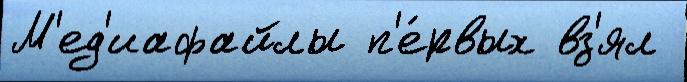
М'ед'иафайлы п'е́рвых вз'ял